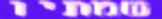
שמתיו